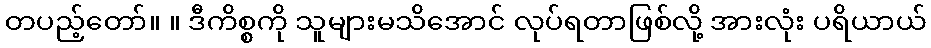
တပည့်တော်။ ။ ဒီကိစ္စကို သူများမသိအောင် လုပ်ရတာဖြစ်လို့ အားလုံး ပရိယာယ်